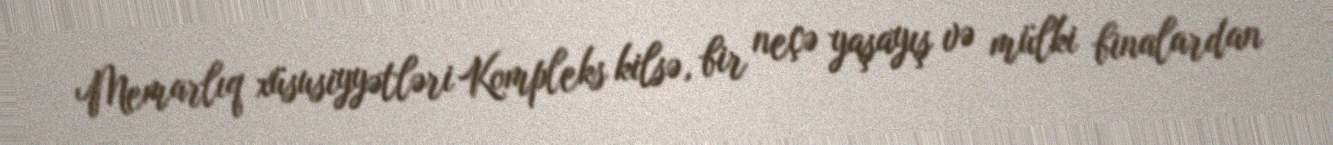
Memarlıq xüsusiyyətləri Kompleks kilsə, bir neçə yaşayış və mülki binalardan